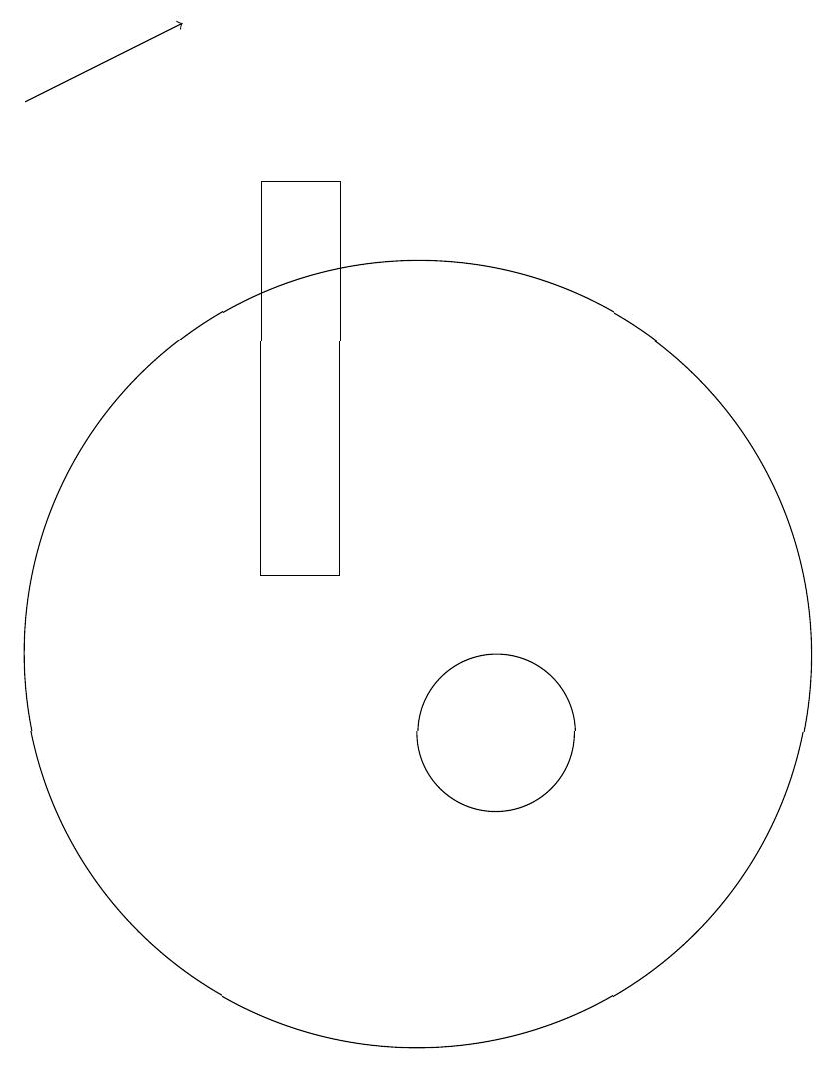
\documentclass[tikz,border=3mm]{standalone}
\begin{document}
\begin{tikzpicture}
\draw (10,11) circle (5);
\draw (11,10) circle (1);
\draw[->] (5,18) -- (7,19);
\draw (9,12) rectangle (8,17);
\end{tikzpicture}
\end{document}